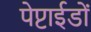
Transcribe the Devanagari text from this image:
पेप्टाईडों